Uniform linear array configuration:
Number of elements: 8
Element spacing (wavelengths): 0.5
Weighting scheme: hamming
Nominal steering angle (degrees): -15
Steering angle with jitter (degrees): -14.46
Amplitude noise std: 0.05
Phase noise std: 0.05

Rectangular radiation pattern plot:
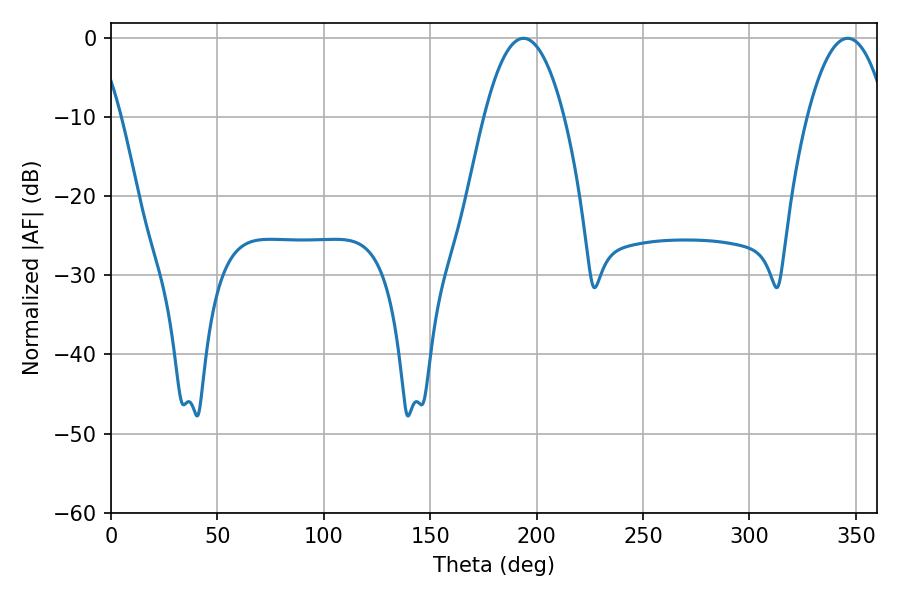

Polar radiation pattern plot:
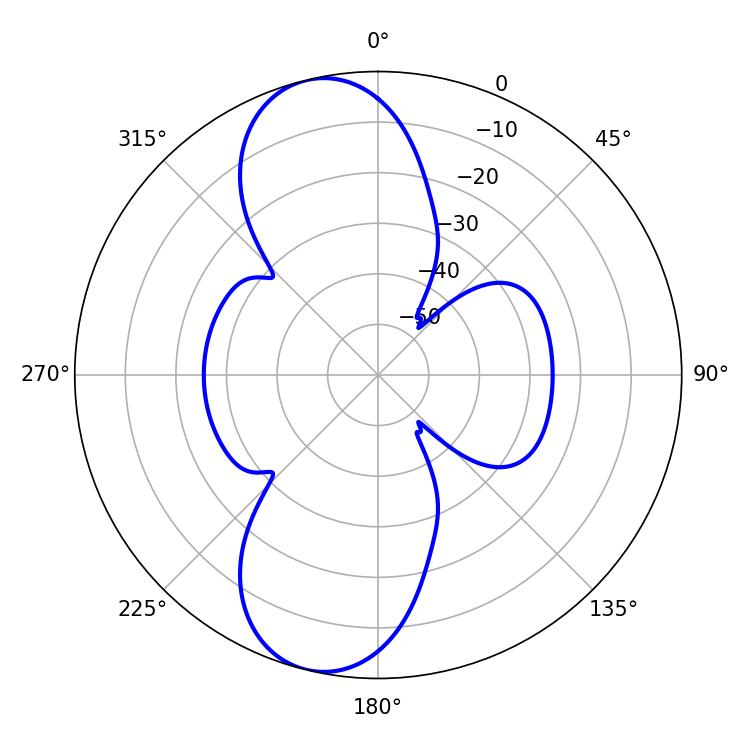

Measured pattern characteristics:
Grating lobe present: FALSE
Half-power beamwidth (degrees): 20.7
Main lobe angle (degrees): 193.86